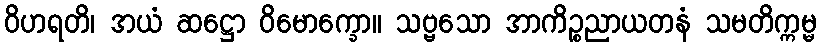
ဝိဟရတိ၊ အယံ ဆဋ္ဌော ဝိမောက္ခော။ သဗ္ဗသော အာကိဉ္စညာယတနံ သမတိက္ကမ္မ